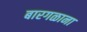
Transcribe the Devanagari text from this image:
बारगळाना